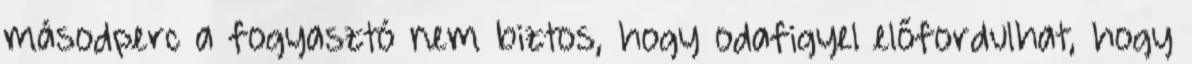
másodperc a fogyasztó nem biztos, hogy odafigyel előfordulhat, hogy